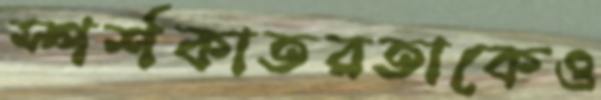
স্পর্শকাতরতাকেও